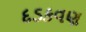
દડકવણ